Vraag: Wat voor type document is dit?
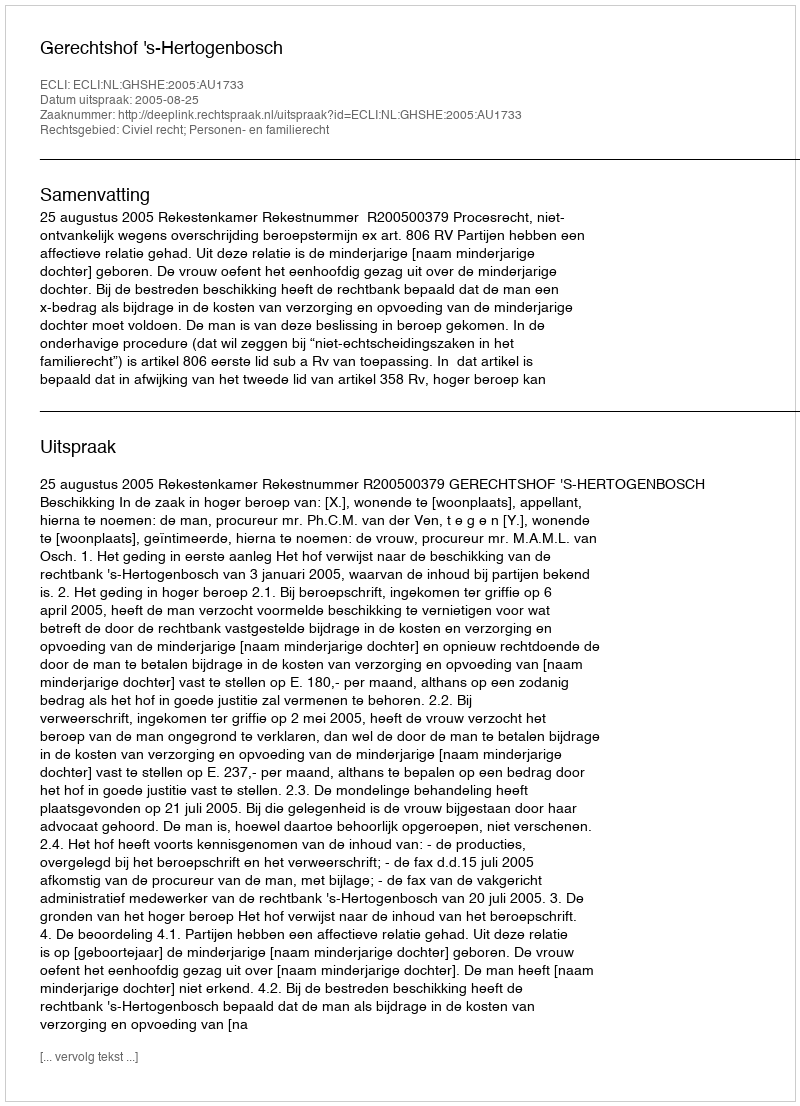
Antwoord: Uitspraak